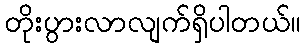
တိုးပွားလာလျက်ရှိပါတယ်။